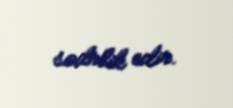
sədrlik edir.